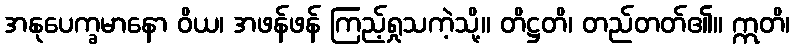
အနုပေက္ခမာနော ဝိယ၊ အဖန်ဖန် ကြည့်ရှုသကဲ့သို့။ တိဋ္ဌတိ၊ တည်တတ်၏။ ဣတိ၊